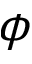
\phi